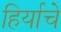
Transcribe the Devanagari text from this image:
हिर्याचे